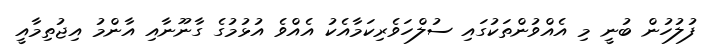
ފުލުހުން ބުނީ މި އެއްވުންތަކުގައި ސުލްހަވެރިކަމާއެކު އެއްވެ އުޅުމުގެ ގާނޫނާއި އާންމު އިޖުތިމާއީ